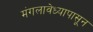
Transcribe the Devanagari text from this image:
मंगलावेध्यापासून